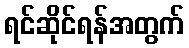
ရင်ဆိုင်ရန်အတွက်